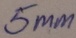
Text: 5mm